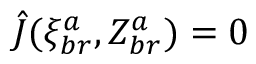
\hat { J } ( \xi _ { b r } ^ { a } , Z _ { b r } ^ { a } ) = 0